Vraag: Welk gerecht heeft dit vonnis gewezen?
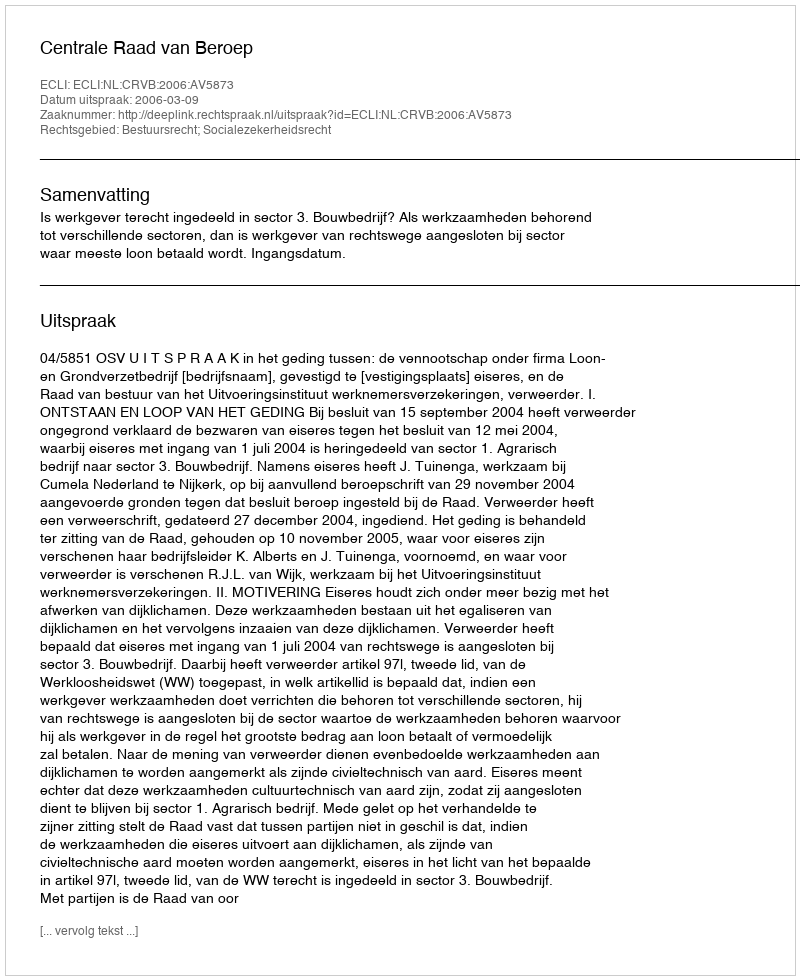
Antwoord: Centrale Raad van Beroep